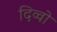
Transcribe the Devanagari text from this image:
दिव्वो